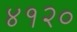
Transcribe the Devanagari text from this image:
४१२०